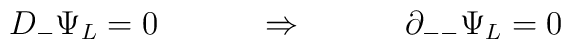
D_{-} \Psi_L = 0 ~~~ \qquad \Rightarrow  ~~~ \qquad\partial_{--} \Psi_L = 0